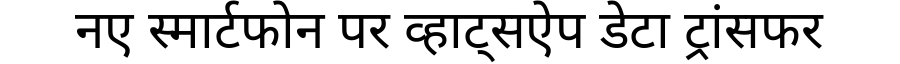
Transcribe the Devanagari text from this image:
नए स्मार्टफोन पर व्हाट्सऐप डेटा ट्रांसफर